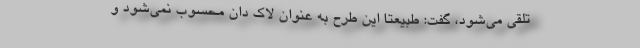
تلقی می‌شود، گفت: طبیعتاً این طرح به عنوان لاک دان محسوب نمی‌شود و